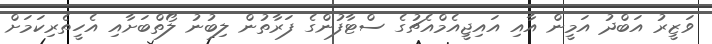
ވަޒީރު އަބްދު އަމީން އާއި އައިޖީއެމްއެޗުގެ ސްޓާފުންގެ ފަރާތުން ލިބުނު ލޯތްބަށާއި އެހީތެރިކަމަށް